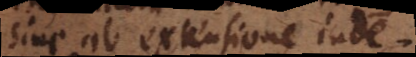
sive ab extensione inde